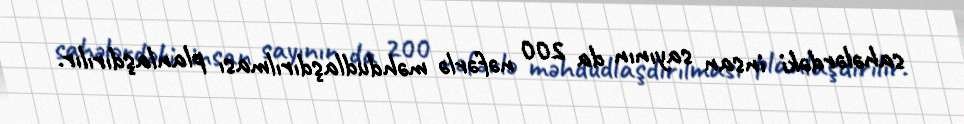
sahələrdəki insan sayının da 200 nəfərlə məhdudlaşdırılması planlaşdırılır.